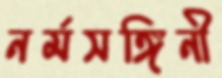
নর্মসঙ্গিনী